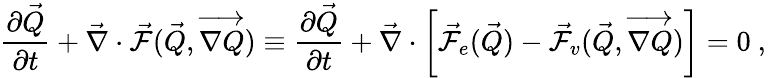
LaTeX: \frac{\partial\vec{Q}}{\partial t}+\vec{\nabla}\cdot\vec{\mathcal{F}}(\vec{Q},\overrightarrow{\nabla Q})\equiv\frac{\partial\vec{Q}}{\partial t}+\vec{\nabla}\cdot\left[\vec{\mathcal{F}}_{e}(\vec{Q})-\vec{\mathcal{F}}_{v}(\vec{Q},\overrightarrow{\nabla Q})\right]=0\mathrm{~,~}